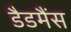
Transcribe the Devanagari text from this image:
डैडमैंस